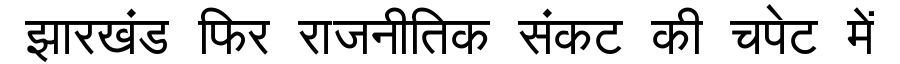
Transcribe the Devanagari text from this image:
झारखंड फिर राजनीतिक संकट की चपेट में